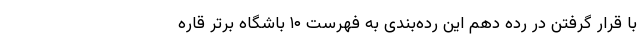
با قرار گرفتن در رده دهم این رده‌بندی به فهرست ۱۰ باشگاه برتر قاره